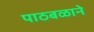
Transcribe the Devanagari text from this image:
पाठबळाने